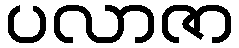
ပလာဇာ